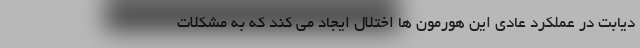
دیابت در عملکرد عادی این هورمون ها اختلال ایجاد می کند که به مشکلات